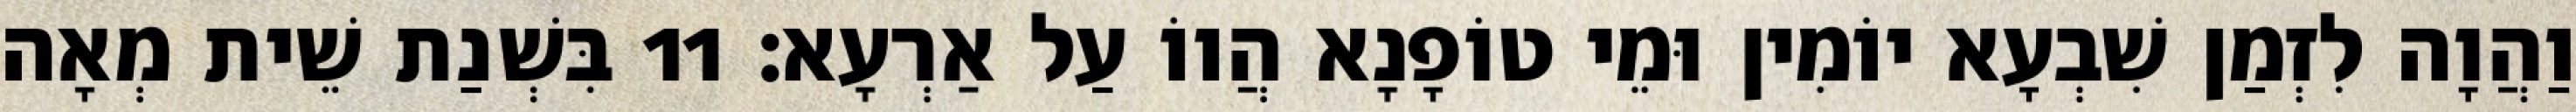
וַהֲוָה לִזְמַן שִׁבְעָא יוֹמִין וּמֵי טוֹפָנָא הֲווֹ עַל אַרְעָא׃ 11 בִּשְׁנַת שֵׁית מְאָה